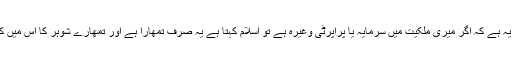
دوسری مثال یہ ہے کہ اگر میری ملکیت میں سرمایہ یا پراپرٹی وغیرہ ہے تو اسلام کہتا ہے یہ صرف تمھارا ہے اور تمھارے شوہر کا اس میں کوئی حق نہیں۔